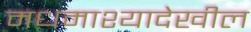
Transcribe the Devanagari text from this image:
मधमाश्यादेखील